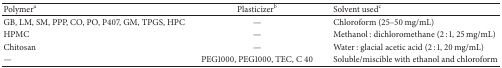
<table><thead><tr><td><b>Polymer<sup>a</sup></b></td><td><b>Plasticizer<sup>b</sup></b></td><td><b>Solvent used<sup>c</sup></b></td></tr></thead><tbody><tr><td>GB, LM, SM, PPP, CO, PO, P407, GM, TPGS, HPC</td><td>—</td><td>Chloroform (25–50 mg/mL)</td></tr><tr><td>HPMC</td><td>—</td><td>Methanol : dichloromethane (2 : 1, 25 mg/mL)</td></tr><tr><td>Chitosan</td><td>—</td><td>Water : glacial acetic acid (2 : 1, 20 mg/mL)</td></tr><tr><td>—</td><td>PEG1000, PEG1000, TEC, C 40</td><td>Soluble/miscible with ethanol and chloroform</td></tr></tbody></table>